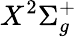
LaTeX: X^{2}\Sigma_{g}^{+}